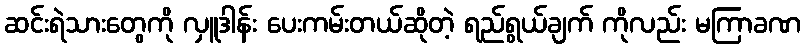
ဆင်းရဲသားတွေကို လှူဒါန်း ပေးကမ်းတယ်ဆိုတဲ့ ရည်ရွယ်ချက် ကိုလည်း မကြာခဏ